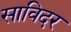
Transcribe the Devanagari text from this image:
साविदर